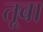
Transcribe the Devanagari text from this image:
तूबा